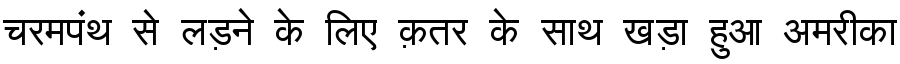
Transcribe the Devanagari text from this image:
चरमपंथ से लड़ने के लिए क़तर के साथ खड़ा हुआ अमरीका